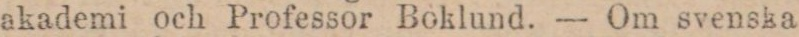
akademi och Professor Boklund. — Om svenska